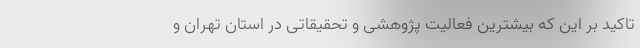
تاکید بر این که بیشترین فعالیت پژوهشی و تحقیقاتی در استان تهران و